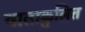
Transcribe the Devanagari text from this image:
वाताकुलित